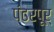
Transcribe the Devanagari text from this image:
पंढरपूर्